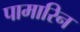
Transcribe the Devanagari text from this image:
पामारिन